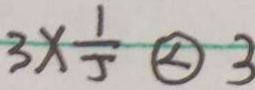
3 \times \frac { 1 } { 5 } \textcircled { < } 3